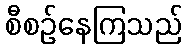
စီစဉ်နေကြသည်